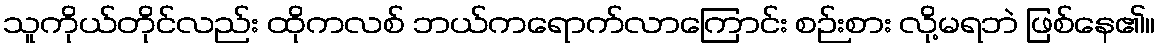
သူကိုယ်တိုင်လည်း ထိုကလစ် ဘယ်ကရောက်လာကြောင်း စဉ်းစား လို့မရဘဲ ဖြစ်နေ၏။